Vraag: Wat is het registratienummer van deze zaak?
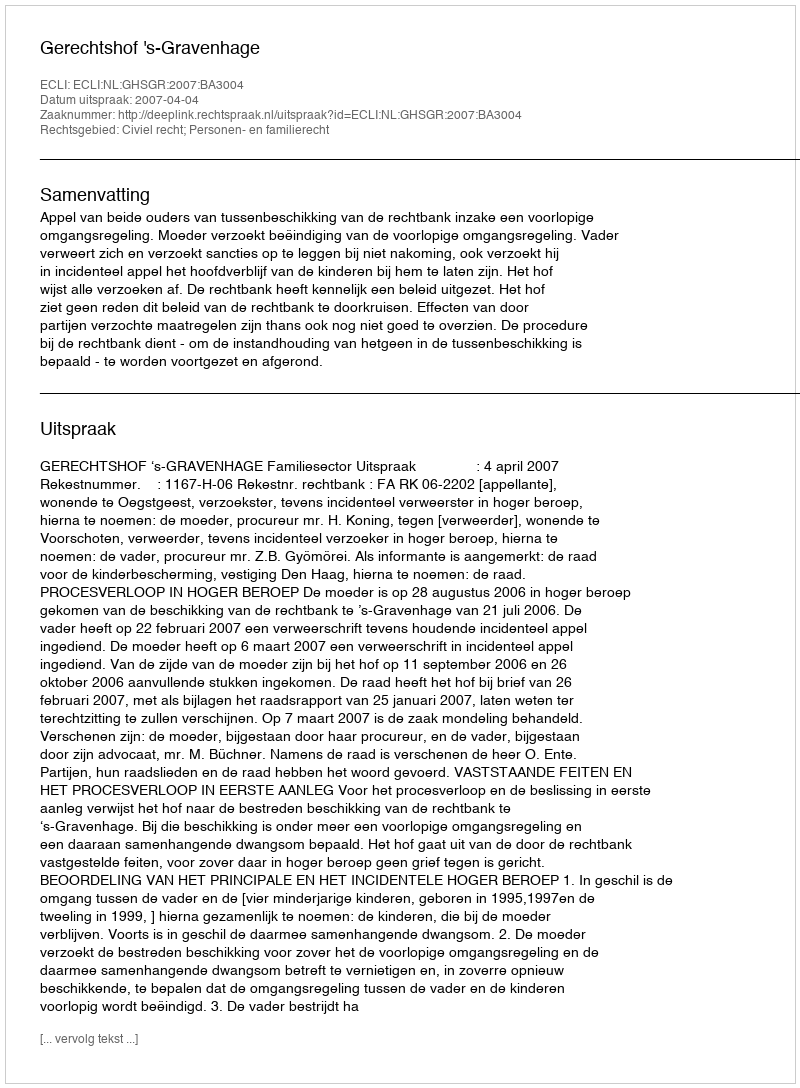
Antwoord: http://deeplink.rechtspraak.nl/uitspraak?id=ECLI:NL:GHSGR:2007:BA3004